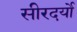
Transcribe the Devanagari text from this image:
सीरदर्यो